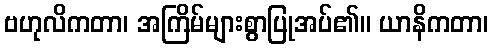
ဗဟုလိကတာ၊ အကြိမ်များစွာပြုအပ်၏။ ယာနိကတာ၊